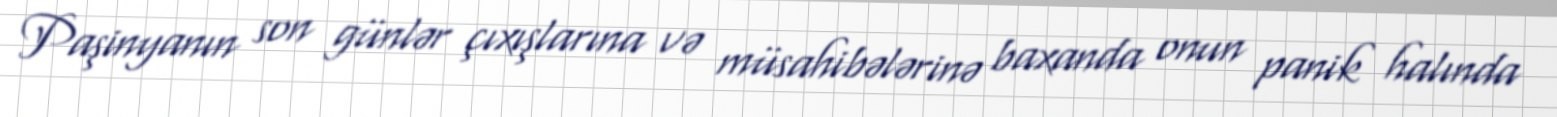
Paşinyanın son günlər çıxışlarına və müsahibələrinə baxanda onun panik halında